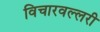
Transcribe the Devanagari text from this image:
विचारवल्लरी